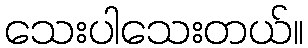
သေးပါသေးတယ်။